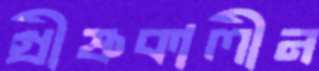
গ্রীষ্ণকালীন